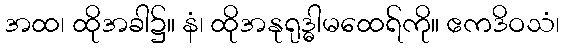
အထ၊ ထိုအခါ၌။ နံ၊ ထိုအနုရုဒ္ဓါမထေရ်ကို။ ဧကဒိဝသံ၊